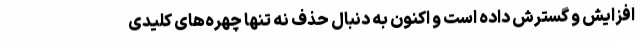
افزایش و گسترش داده است و اکنون به دنبال حذف نه تنها چهره‌های کلیدی